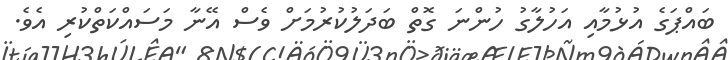
ބައްޕަގެ އުޅުމާއި އަހުލާގު ހުންނަ ގޮތް ބަދަލުކުރުމަށް ވެސް އޭނާ މަސައްކަތްކުރި އެވެ.